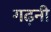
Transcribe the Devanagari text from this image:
गढ़नी